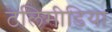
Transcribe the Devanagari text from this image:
टेलिमीडिया